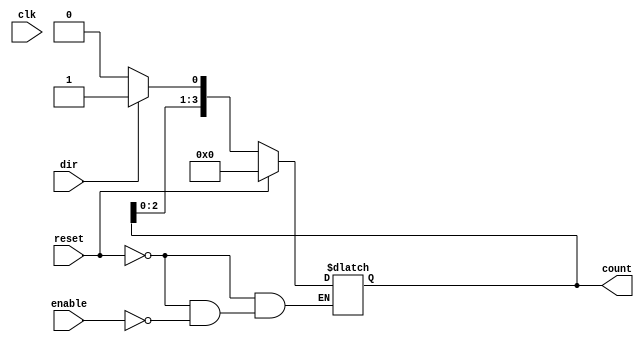
module async_shift_counter (
    input wire clk,               // Clock signal (not used for asynchronous operation)
    input wire reset,             // Asynchronous reset signal
    input wire enable,            // Shift enable signal
    input wire dir,               // Direction control (1 for up, 0 for down)
    output reg [3:0] count        // 4-bit counter output
);

    // Initialize the count to 0
    initial begin
        count = 4'b0000;
    end

    // Asynchronous reset
    always @(*) begin
        if (reset) begin
            count = 4'b0000; // Reset the counter to zero
        end else if (enable) begin
            if (dir) begin
                // Shift left and add '1' at LSB for counting up
                count = {count[2:0], 1'b1}; // Shift left and insert '1' at LSB
            end else begin
                // Shift left and add '0' at LSB for counting down
                count = {count[2:0], 1'b0}; // Shift left and insert '0' at LSB
            end
        end
    end

endmodule